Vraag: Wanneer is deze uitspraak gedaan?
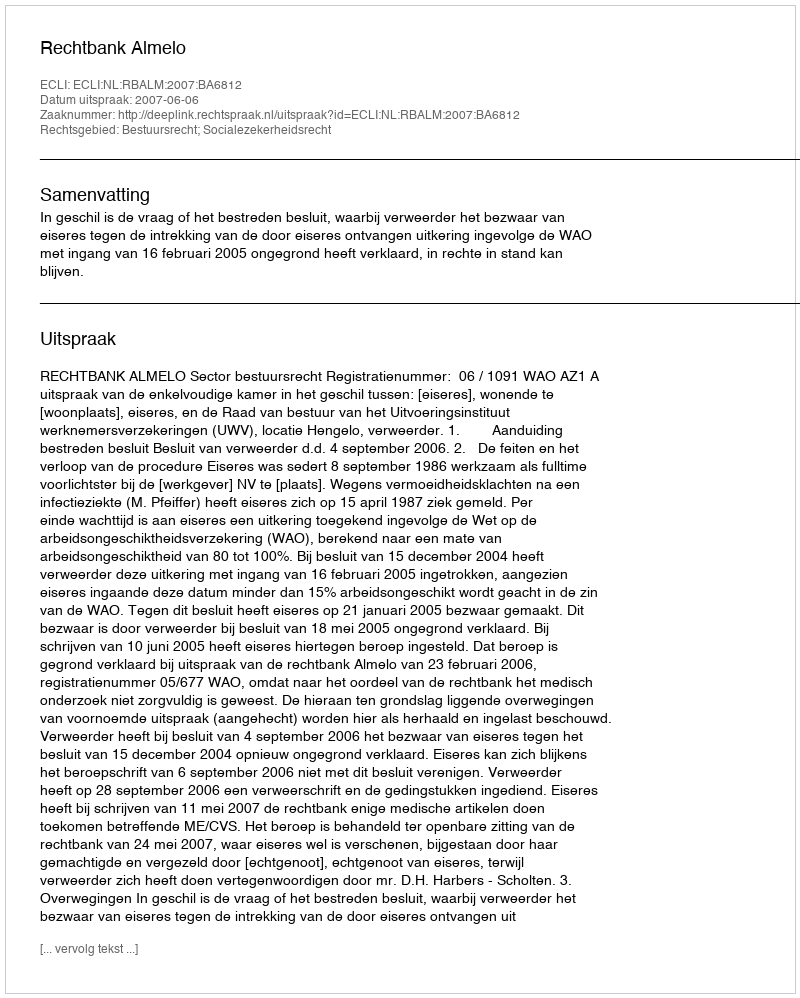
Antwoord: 2007-06-06